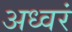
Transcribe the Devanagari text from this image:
अध्वरं